Jaan_Tonisson_(Lasteleht), lk 392
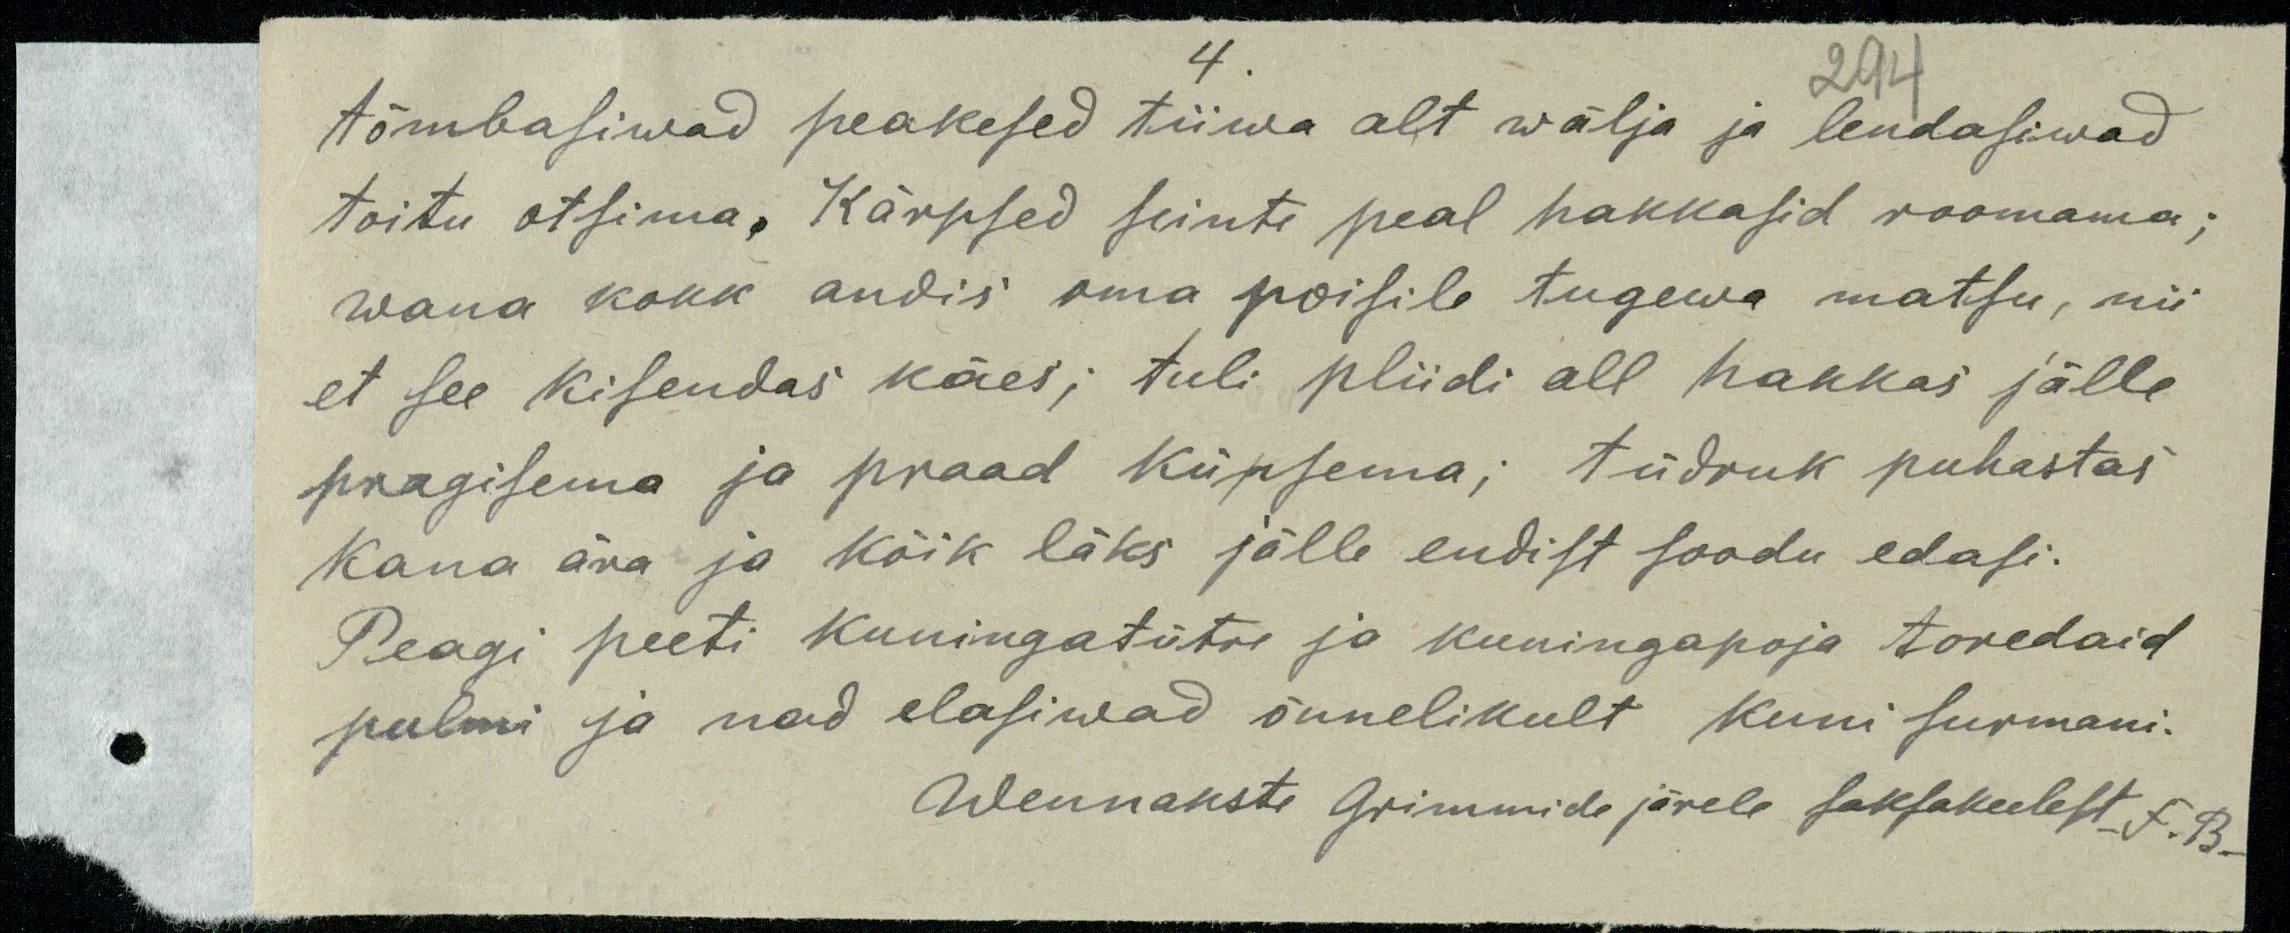
4.
2914
tõmbasiwad peakesed tiiwa alt wälja ja lendasivad
toitu otsima. Kärpsed seinte peal hakkasid roomama;
wana kokk andis oma poisile tugewa matsu, nii
et see kisendas käes; tuli pliidi all hakkas jälle
pragisema ja praad küpsema; tüdruk puhastas
kana ära ja kõik läks jälle endist soodu edasi.
Peagi peeti kuningatütre ja kuningapoja toredaid
pulmi ja nad elasiwad õnnelikult kuni surmani.
Wennakste Grimmide järele saksakeelest F. B.